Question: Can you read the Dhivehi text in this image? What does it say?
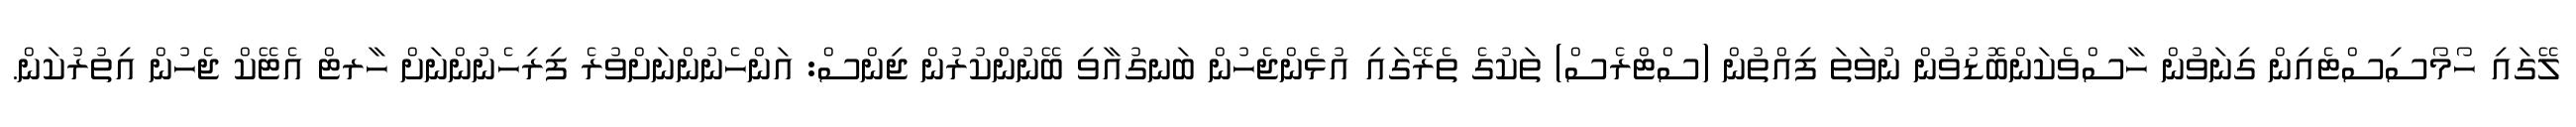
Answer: ލޭގައި ހޯމޯސިސްޓެއިން ގިނަވުން ހާސްވެކަންބޮޑުވުން ނުވަތަ ފިއްތުން (ސްޓްރެސް) ތަކުގެ ތެރޭގައި އުޅެންޖެހުން ބަނގުއާވި ބޭނުންކުރުން ޖިންސް: އަންހެނުންނަށްވުރެ ފިރިހެނުންނަށް ހާރޓް އެޓޭކް ޖެހުން އިތުރުކަން.